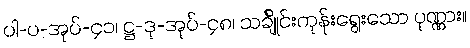
ပါ-ပ-အုပ်-၄၁၊ ဋ္ဌ-ဒု-အုပ်-၄၈၊ သင်္ချိုင်းကုန်းရွေးသော ပုဏ္ဏား။